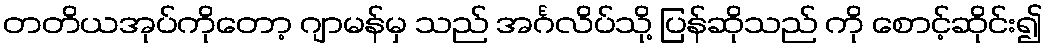
တတိယအုပ်ကိုတော့ ဂျာမန်မှ သည် အင်္ဂလိပ်သို့ ပြန်ဆိုသည် ကို စောင့်ဆိုင်း၍